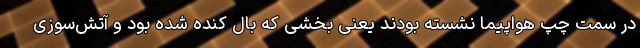
در سمت چپ هواپیما نشسته بودند یعنی بخشی که بال کنده شده بود و آتش‌سوزی